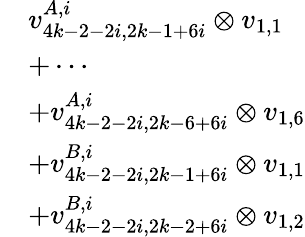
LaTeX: \begin{array}{rl}&{v_{4k-2-2i,2k-1+6i}^{A,i}\otimes v_{1,1}}\\ &{+\cdots}\\ &{+v_{4k-2-2i,2k-6+6i}^{A,i}\otimes v_{1,6}}\\ &{+v_{4k-2-2i,2k-1+6i}^{B,i}\otimes v_{1,1}}\\ &{+v_{4k-2-2i,2k-2+6i}^{B,i}\otimes v_{1,2}}\end{array}